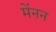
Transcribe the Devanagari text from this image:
मेंनन